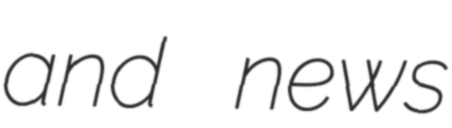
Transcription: and news